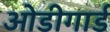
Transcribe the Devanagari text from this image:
ओडीगार्ड